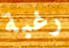
رغبة